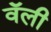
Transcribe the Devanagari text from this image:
वॅली